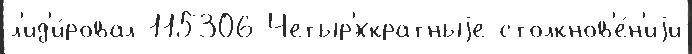
л'ид'и́ровал 115306 Четыр'́хкратныjе столкнов'е́н'иjи